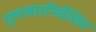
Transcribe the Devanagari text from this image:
गुलजारनिर्देशित